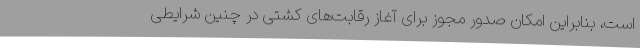
است، بنابراین امکان صدور مجوز برای آغاز رقابت‌های کشتی در چنین شرایطی